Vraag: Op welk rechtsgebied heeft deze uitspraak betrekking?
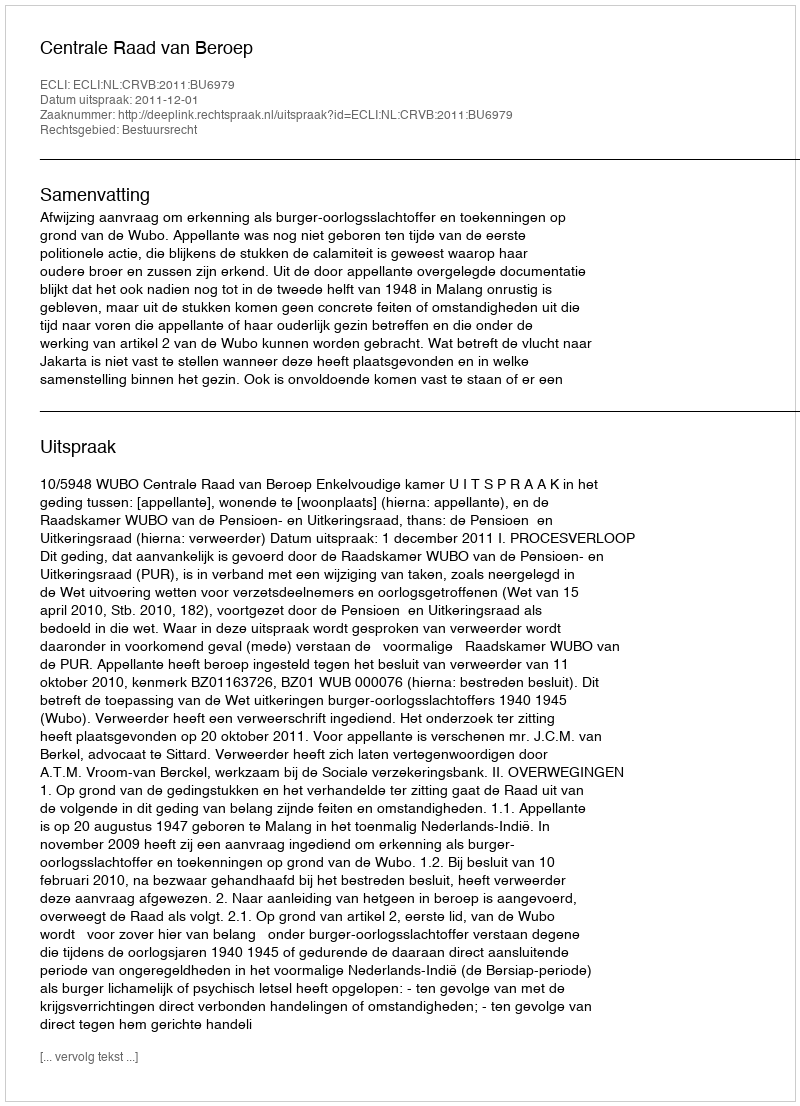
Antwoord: Bestuursrecht